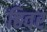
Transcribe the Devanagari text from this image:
ढिवर